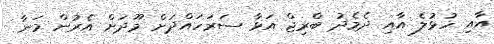
އާއި ހުޅުލެ އާއި ދެމެދު ބްރިޖް އަޅާ ސަރަހައްދަށް މޫދަށް އެރުން މަނާ